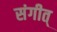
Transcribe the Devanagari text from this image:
संगीत्